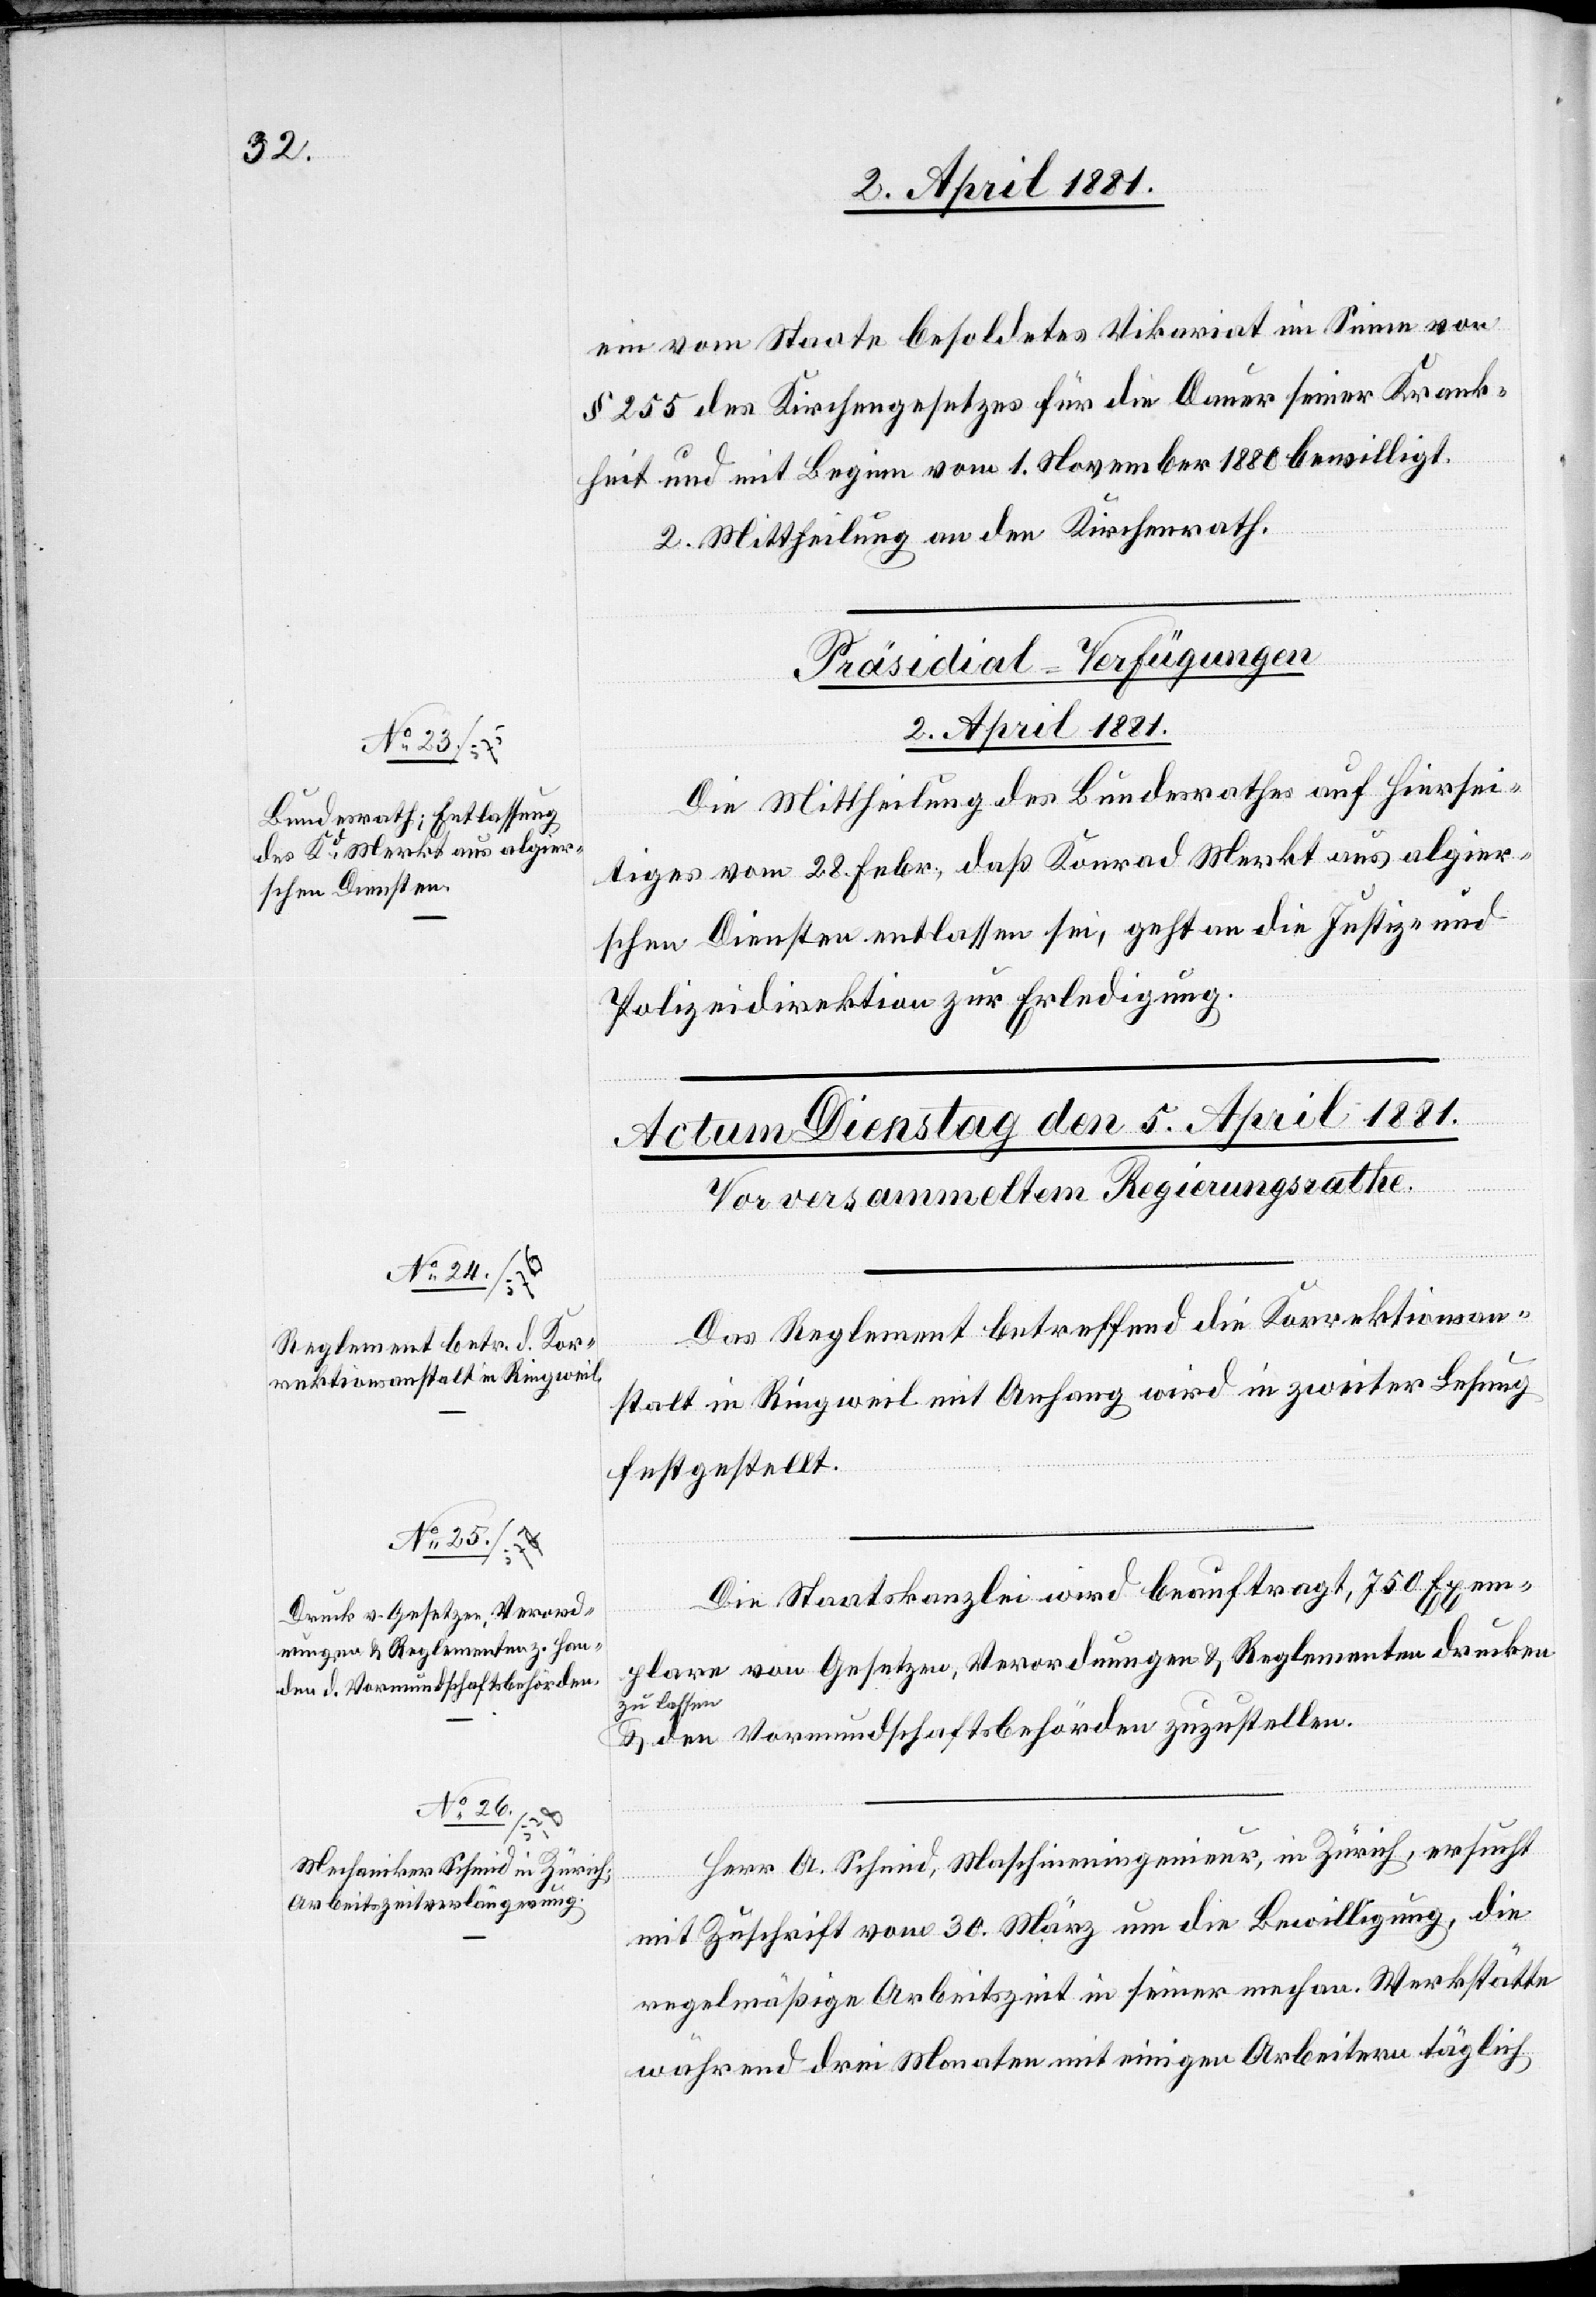
ein vom Staate besoldetes Vikariat im Sinne von
§ 255 des Kirchengesetzes für die Dauer seiner Krank¬
heit und mit Beginn vom 1. November 1880 bewilligt.
2. Mittheilung an den Kirchenrath.
Präsidial-Verfügungen
2. April 1881.
Die Mittheilung des Bundesrathes auf hiersei¬
tiges vom 28. Febr., daß Konrad Merkt aus algier¬
schen Diensten entlassen sei, geht an die Justiz- &
Polizeidirektion zur Erledigung.
Das Reglement betreffend die Korrektionsan¬
stalt in Ringweil mit Anfang wird in zweiter Lesung
festgestellt.
Die Staatskanzlei wird beauftragt, 750 Exem¬
plare von Gesetzen, Verordnungen & Reglementen drucken
zu lassen
& den Vormundschaftsbehörden zuzustellen.
Herr A. Schmid, Maschineningenieur, in Zürich, ersucht
mit Zuschrift vom 30. März um die Bewilligung, die
regelmäßige Arbeitszeit in seiner mechan. Werkstätte
während drei Monaten mit einigen Arbeitern täglich